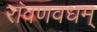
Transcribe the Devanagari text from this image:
रावणवधम्